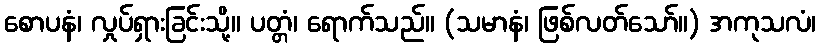
စောပနံ၊ လှုပ်ရှားခြင်းသို့။ ပတ္တံ၊ ရောက်သည်။ (သမာနံ၊ ဖြစ်လတ်သော်။) အကုသလံ၊